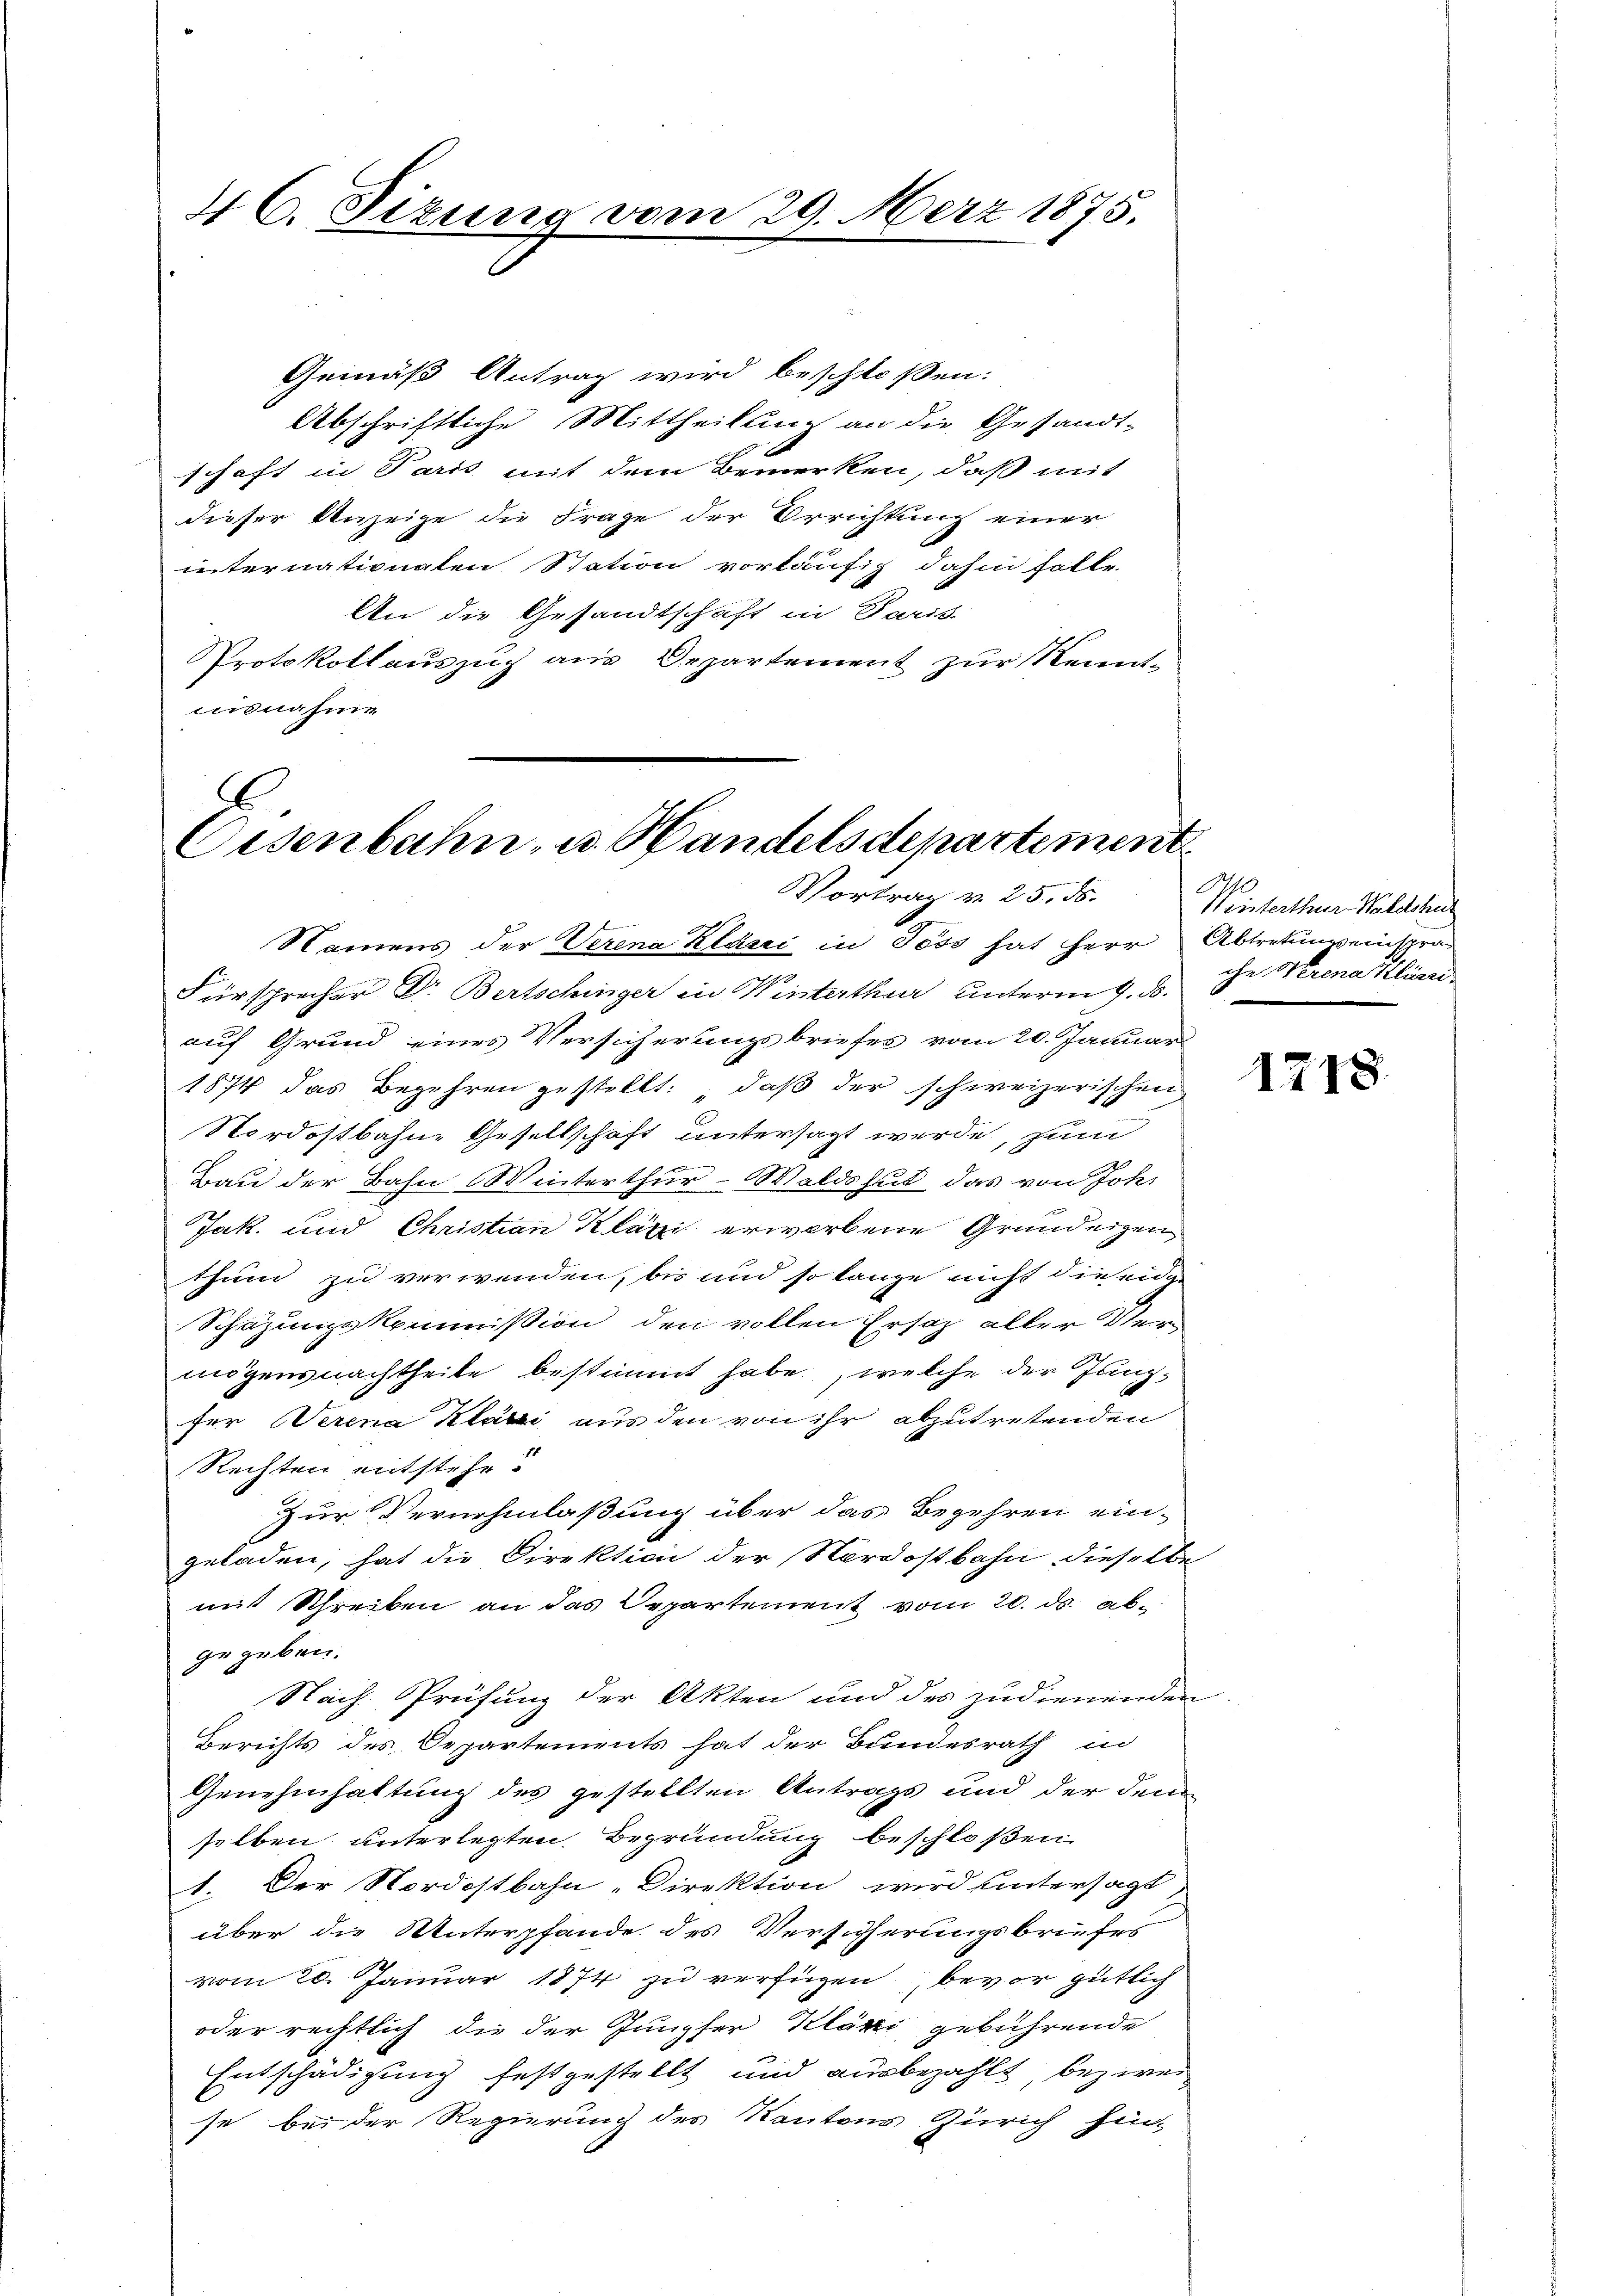
4 C. Sizung vor.

Gemäß Antrag wird beschlossen:
Abschriftliche Mittheilung an die Gesandt-
schaft in Paris mit dem Bemerken, daß mit
dieser Anzeige die Frage der Errichtung einer
internationalen Station vorläufig dahin folle.
An die Gesandtschaft in Paris.
Protokollauszug aus Departement zur Kenntuisnahme

29. März 1875.

2
Oisenbahn- u. Handelsdepartement
Vortrag v. 25. ds.

Namens der Verena Klarii in Toss hat Herr Abtretung einspra
Fürsprecher Dr. Bertschinger in Weisterthur unterm 9. d.
auf Grund eines Versicherungsbriefes vom 20. Januar
1874 das Begehren gestellt: daß der schweizerischen
Nordostbahn- Gesellschaft untersagt werde, zum
Bau der Bahn Winterthur–Waldshut, das von Joh.
Jak. und Christian Kläge erworbene Grundeigen,
thum zu verwenden, bis und so lange nicht die eid
Schazungskommißion den vollen Ersatz aller Vermögensnachtheile bestimmt habe, welche der Jungfer Verena Klari aus den von ihr abzutretenden
Rechten entstehe.
Zur Vernehmlaßung über das Begehren ein-
geladen, hat die Direktion der Nordostbahn dieselbe
mit Schreiben an das Departement vom 20. ds. abgegeben.
Nach Prüfung der Akten und des zudienenden
Berichts des Departements hat der Bundesrath in
Genehmhaltung des gestellten Antrags und der dem
selben unterlegten Begründung beschloßen
1. Der Nordostbahn-Direktion wird hintersagt
über die Unterpfände des Versicherungsbriefes
vom 20. Januar 1874 zu verfügen, bevor gütlich
oder rechtlich die der Jungfer Kläri gebührende
Entschädigung festgestellt und ausbezahlt, bezweise bei der Regierung des Kantons Zürich hin-

Weinterthur. Waldshu
che Werena Klärri

1218.